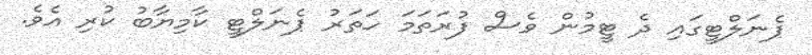
ޕެނަލްޓީގައި ދެ ޓީމުން ވެސް ފުރަތަމަ ހަތަރު ޕެނަލްޓީ ކާމިޔާބު ކުރި އެވެ.